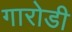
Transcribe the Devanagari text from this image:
गारोडी